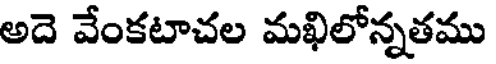
అదె వేంకటాచల మఖిలోన్నతము